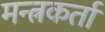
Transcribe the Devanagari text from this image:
मन्त्रकर्ता